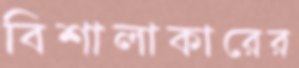
বিশালাকারের